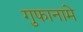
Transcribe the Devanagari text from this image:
गुफानामे